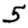
Digit: 5